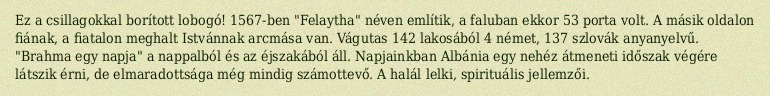
Ez a csillagokkal borított lobogó! 1567-ben "Felaytha" néven említik, a faluban ekkor 53 porta volt. A másik oldalon fiának, a fiatalon meghalt Istvánnak arcmása van. Vágutas 142 lakosából 4 német, 137 szlovák anyanyelvű. "Brahma egy napja" a nappalból és az éjszakából áll. Napjainkban Albánia egy nehéz átmeneti időszak végére látszik érni, de elmaradottsága még mindig számottevő. A halál lelki, spirituális jellemzői.